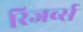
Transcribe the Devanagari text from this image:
रिजर्व्स